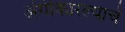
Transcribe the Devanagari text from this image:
अंगीकारल्याचे